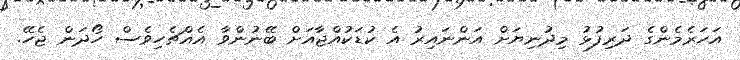
އަހަރެމެންގެ ދަރިފުޅު މިދުނިޔަށް އަންނައިރު އެ ކުޑަކުއްޖާއަށް ބޭނުންވާ އެއްޗެހިވެސް ހޯދަން ޖެހޭ.